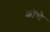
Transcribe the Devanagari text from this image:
शॉचे